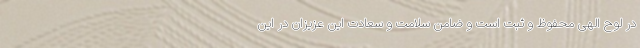
در لوح الهی محفوظ و ثبت است و ضامن سلامت و سعادت این عزیزان در این